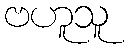
ဗဟူသူ